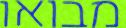
מבואו